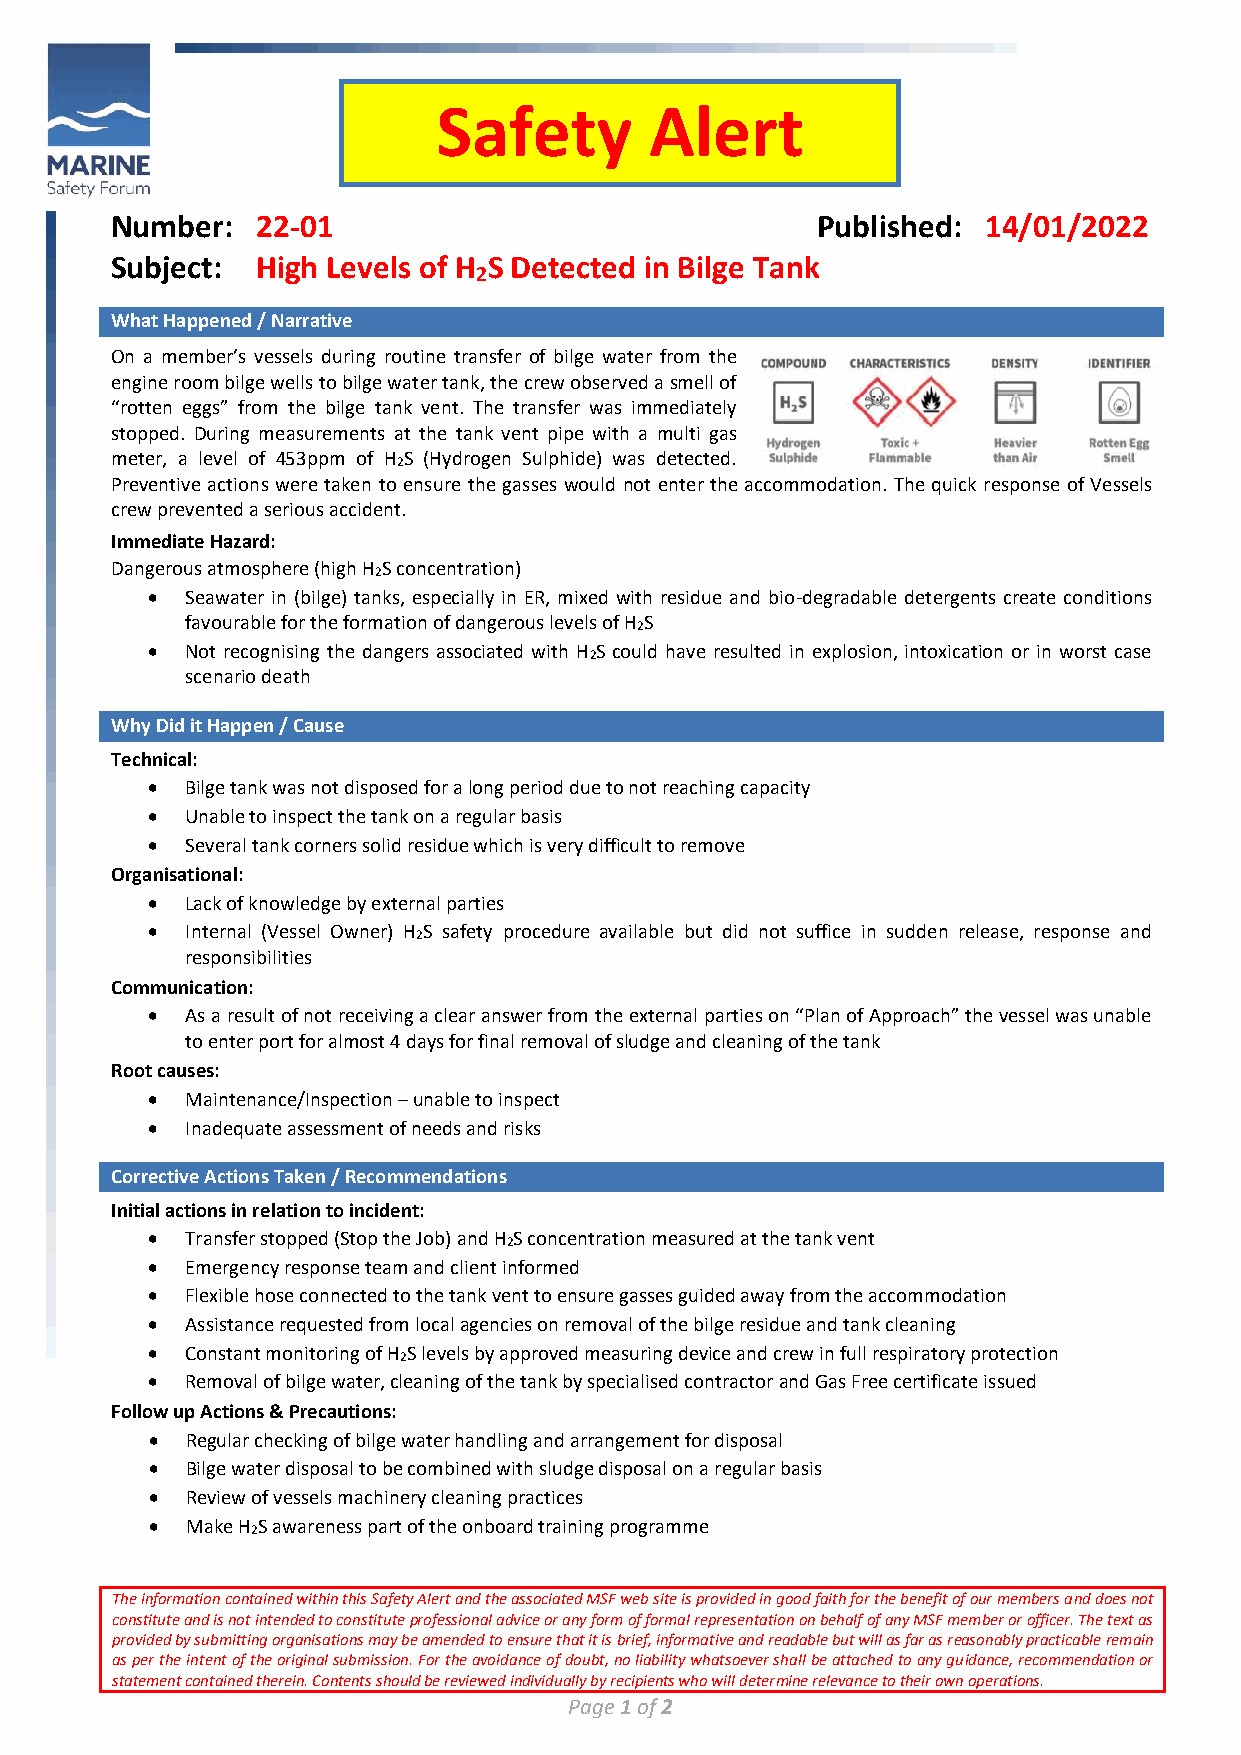
Safety        Alert
 Number:   22-01                                Published: 14/01/2022
 Subject:  High Levels of H S Detected in Bilge Tank
 2
 What Happened / Narrative
 On a member’s vessels during routine transfer of bilge water from the
 engine room bilge wells to bilge water tank, the crew observed a smell of
 “rotten eggs” from the bilge tank vent. The transfer was immediately
 stopped. During measurements at the tank vent pipe with a multi gas
 meter, a level of 453ppm of H S (Hydrogen Sulphide) was detected.
 2
 Preventive actions were taken to ensure the gasses would not enter the accommodation. The quick response of Vessels
 crew prevented a serious accident.
 Immediate Hazard:
 Dangerous atmosphere (high H S concentration)
 2
 • Seawater in (bilge) tanks, especially in ER, mixed with residue and bio-degradable detergents create conditions
 favourable for the formation of dangerous levels of H S
 2
 • Not recognising the dangers associated with H S could have resulted in explosion, intoxication or in worst case
 2
 scenario death
 Why Did it Happen / Cause
 Technical:
 • Bilge tank was not disposed for a long period due to not reaching capacity
 • Unable to inspect the tank on a regular basis
 • Several tank corners solid residue which is very difficult to remove
 Organisational:
 • Lack of knowledge by external parties
 • Internal (Vessel Owner) H S safety procedure available but did not suffice in sudden release, response and
 2
 responsibilities
 Communication:
 • As a result of not receiving a clear answer from the external parties on “Plan of Approach” the vessel was unable
 to enter port for almost 4 days for final removal of sludge and cleaning of the tank
 Root causes:
 • Maintenance/Inspection – unable to inspect
 • Inadequate assessment of needs and risks
 Corrective Actions Taken / Recommendations
 Initial actions in relation to incident:
 • Transfer stopped (Stop the Job) and H S concentration measured at the tank vent
 2
 • Emergency response team and client informed
 • Flexible hose connected to the tank vent to ensure gasses guided away from the accommodation
 • Assistance requested from local agencies on removal of the bilge residue and tank cleaning
 • Constant monitoring of H S levels by approved measuring device and crew in full respiratory protection
 2
 • Removal of bilge water, cleaning of the tank by specialised contractor and Gas Free certificate issued
 Follow up Actions & Precautions:
 • Regular checking of bilge water handling and arrangement for disposal
 • Bilge water disposal to be combined with sludge disposal on a regular basis
 • Review of vessels machinery cleaning practices
 • Make H S awareness part of the onboard training programme
 2
 The information contained within this Safety Alert and the associated MSF web site is provided in good faith for the benefit of our members and does not
 constitute and is not intended to constitute professional advice or any form of formal representation on behalf of any MSF member or officer. The text as
 provided by submitting organisations may be amended to ensure that it is brief, informative and readable but will as far as reasonably practicable remain
 as per the intent of the original submission. For the avoidance of doubt, no liability whatsoever shall be attached to any guidance, recommendation or
 statement contained therein. Contents should be reviewed individually by recipients who will determine relevance to their own operations.
 Page 1 of 2